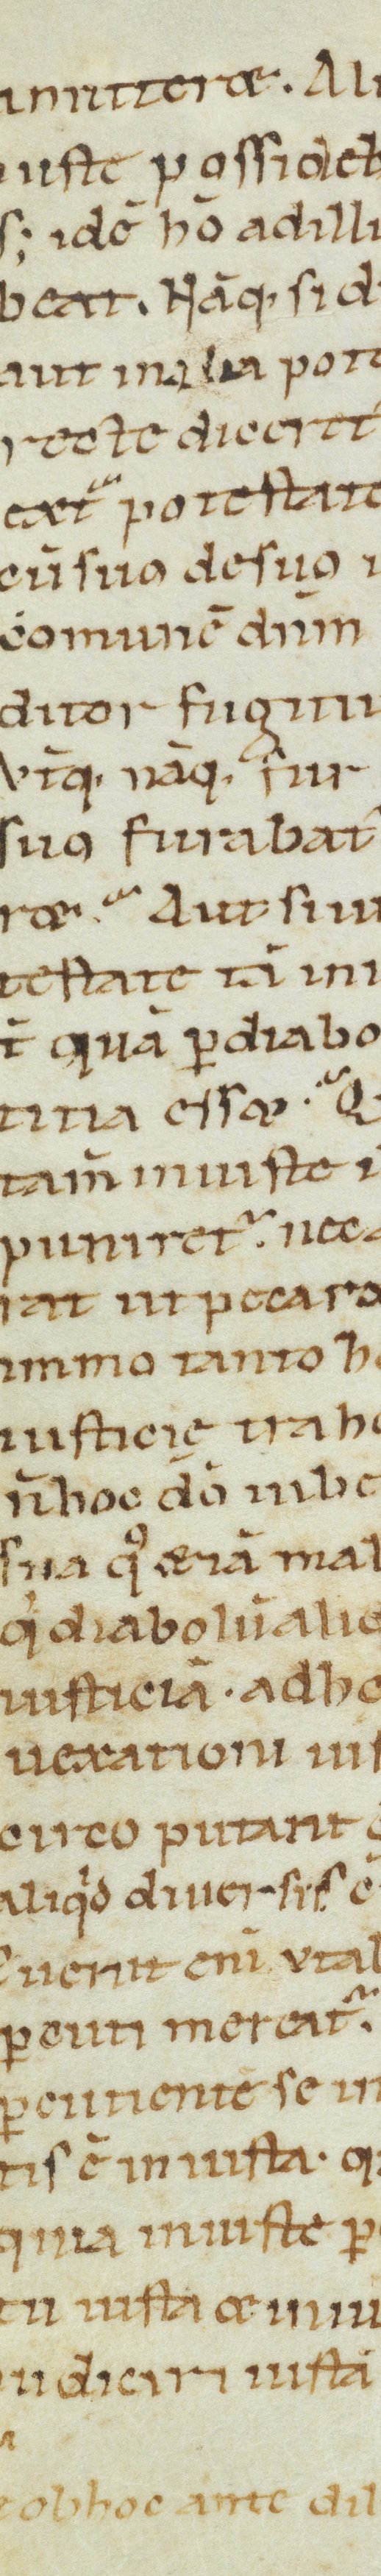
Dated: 1100–1199